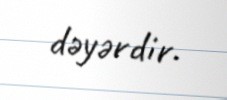
dəyərdir.